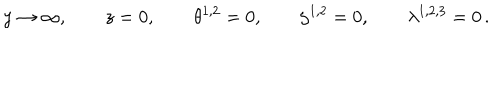
LaTeX: y \rightarrow \infty , \qquad z = 0 , \qquad \theta ^ { 1 , 2 } = 0 , \qquad \zeta ^ { 1 , 2 } = 0 , \qquad \lambda ^ { 1 , 2 , 3 } = 0 \, .